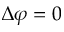
\Delta \varphi = 0